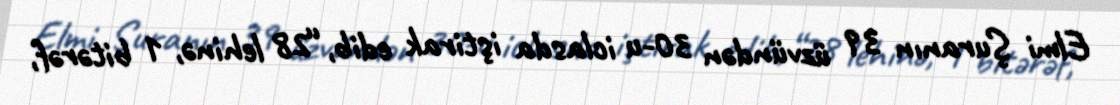
Elmi Şuranın 39 üzvündən 30-u iclasda iştirak edib, “28 lehinə, 1 bitərəf,